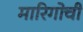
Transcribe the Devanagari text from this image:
मारिगोची